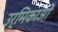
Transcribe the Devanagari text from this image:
उर्मिकाओं